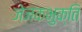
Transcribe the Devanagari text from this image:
जेजकभुक्ति